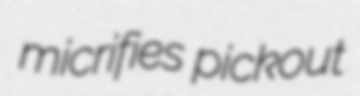
micrifies pickout